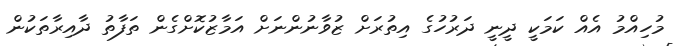
މުހިއްމު އެއް ކަމަކީ ދީނީ ދަރުހުގެ އިތުރަށް ޒުވާނުންނަށް އަމާޒުކޮށްގެން ތަފާތު ދާއިރާތަކުން